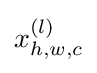
x_{h,w,c}^{(l)}